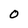
Character: O